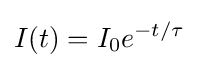
I(t)=I_{0}e^{-t/\tau }